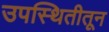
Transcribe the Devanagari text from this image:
उपस्थितीतून